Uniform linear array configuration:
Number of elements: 24
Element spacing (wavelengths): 1
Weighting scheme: kaiser
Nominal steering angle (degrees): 15
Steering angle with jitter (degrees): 14.267
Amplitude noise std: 0.05
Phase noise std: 0.05

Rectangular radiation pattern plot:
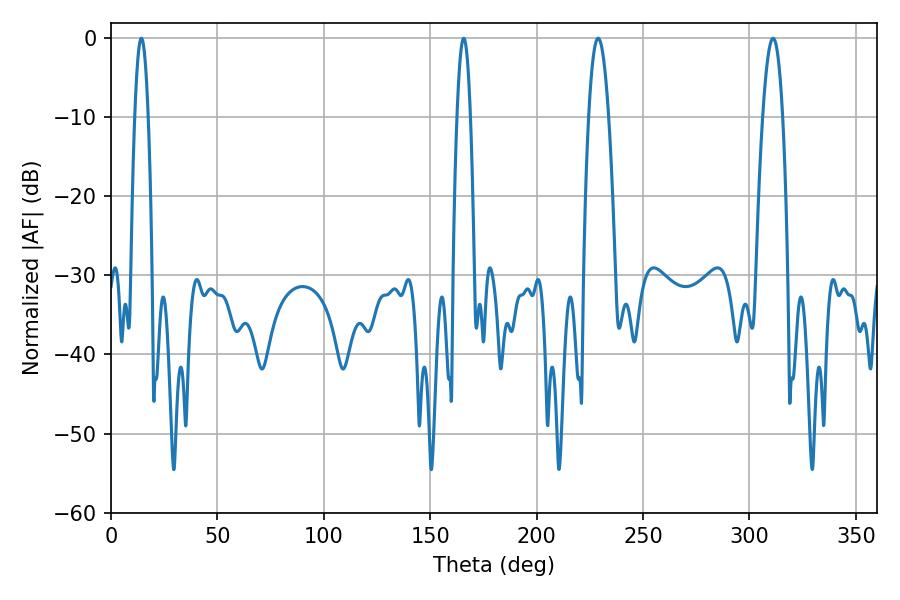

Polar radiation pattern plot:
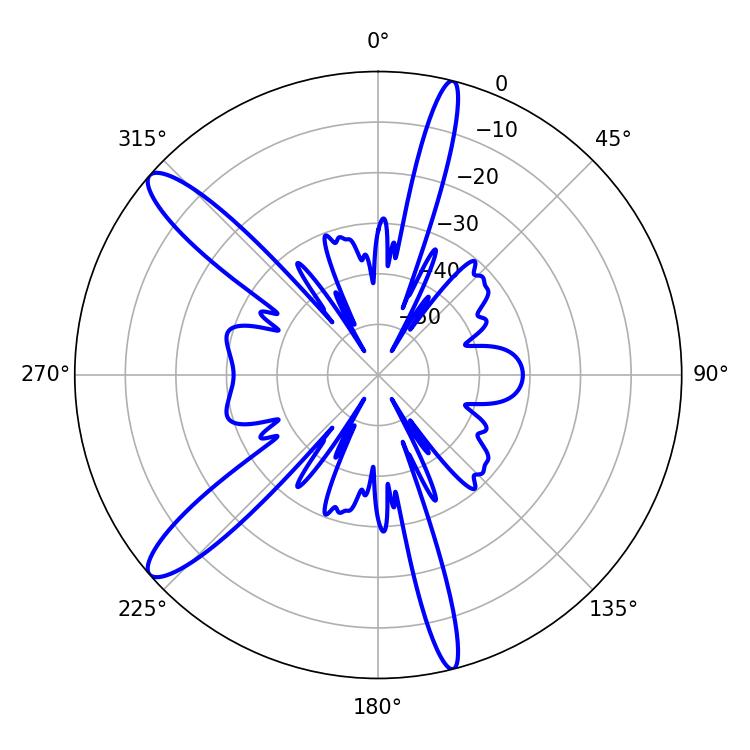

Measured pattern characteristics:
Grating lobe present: TRUE
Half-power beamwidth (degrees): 5.04
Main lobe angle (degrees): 311.04